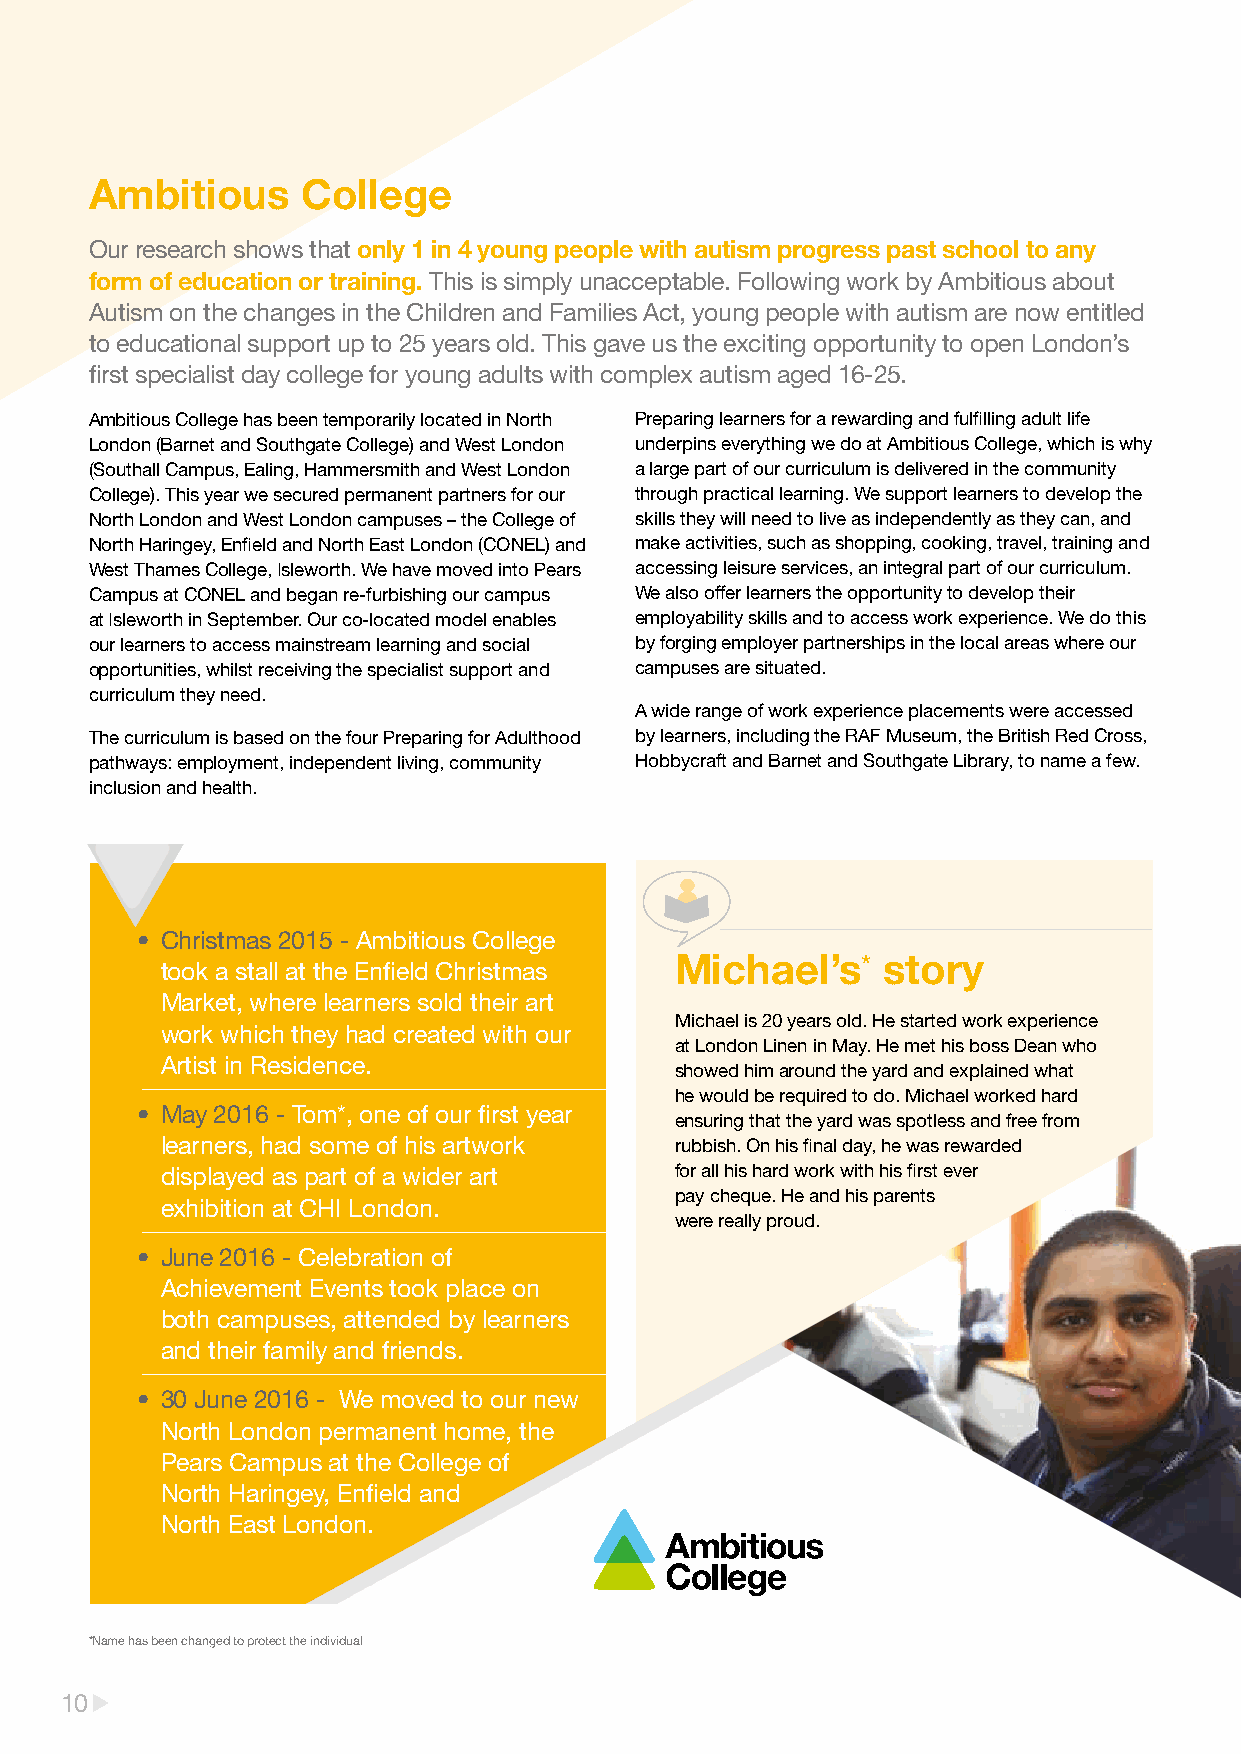
Ambitious     College
 Our research shows that only 1 in 4 young people with autism progress past school to any
 form of education or training. This is simply unacceptable. Following work by Ambitious about
 Autism on the changes in the Children and Families Act, young people with autism are now entitled
 to educational support up to 25 years old. This gave us the exciting opportunity to open London’s
 first specialist day college for young adults with complex autism aged 16-25.
 Ambitious College has been temporarily located in North Preparing learners for a rewarding and fulfilling adult life
 London (Barnet and Southgate College) and West London underpins everything we do at Ambitious College, which is why
 (Southall Campus, Ealing, Hammersmith and West London a large part of our curriculum is delivered in the community
 College). This year we secured permanent partners for our through practical learning. We support learners to develop the
 North London and West London campuses – the College of skills they will need to live as independently as they can, and
 North Haringey, Enfield and North East London (CONEL) and make activities, such as shopping, cooking, travel, training and
 West Thames College, Isleworth. We have moved into Pears accessing leisure services, an integral part of our curriculum.
 Campus at CONEL and began re-furbishing our campus We also offer learners the opportunity to develop their
 at Isleworth in September. Our co-located model enables employability skills and to access work experience. We do this
 our learners to access mainstream learning and social by forging employer partnerships in the local areas where our
 opportunities, whilst receiving the specialist support and campuses are situated.
 curriculum they need.
 A wide range of work experience placements were accessed
 The curriculum is based on the four Preparing for Adulthood by learners, including the RAF Museum, the British Red Cross,
 pathways: employment, independent living, community Hobbycraft and Barnet and Southgate Library, to name a few.
 inclusion and health.
 • Christmas 2015 - Ambitious College
 Michael’s*   story
 took a stall at the Enfield Christmas
 Market, where learners sold their art
 Michael is 20 years old. He started work experience
 work which they had created with our
 at London Linen in May. He met his boss Dean who
 Artist in Residence.
 showed him around the yard and explained what
 he would be required to do. Michael worked hard
 • May 2016 - Tom*, one of our first year
 ensuring that the yard was spotless and free from
 learners, had some of his artwork rubbish. On his final day, he was rewarded
 displayed as part of a wider art  for all his hard work with his first ever
 pay cheque. He and his parents
 exhibition at CHI London.
 were really proud.
 • June 2016 - Celebration of
 Achievement Events took place on
 both campuses, attended by learners
 and their family and friends.
 • 30 June 2016 - We moved to our new
 North London permanent home, the
 Pears Campus at the College of
 North Haringey, Enfield and
 North East London.
 *Name has been changed to protect the individual
 10